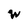
Character: W